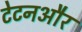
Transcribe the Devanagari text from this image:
टेटनऔर